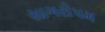
સાગરોપમ